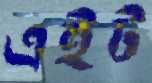
এইট